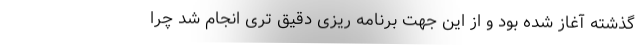
گذشته آغاز شده بود و از این جهت برنامه ریزی دقیق تری انجام شد چرا